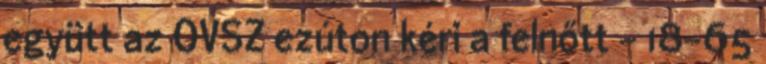
együtt az OVSZ ezúton kéri a felnőtt - 18-65